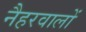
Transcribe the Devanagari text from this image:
नैहरवालों